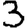
Digit: 3